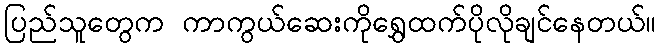
ပြည်သူတွေက ကာကွယ်ဆေးကိုရွှေထက်ပိုလိုချင်နေတယ်။